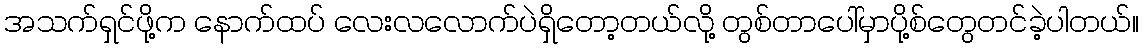
အသက်ရှင်ဖို့က နောက်ထပ် လေးလလောက်ပဲရှိတော့တယ်လို့ တွစ်တာပေါ်မှာပို့စ်တွေတင်ခဲ့ပါတယ်။